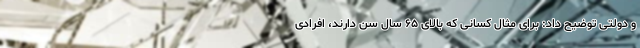
و دولتی توضیح داد: برای مثال کسانی که بالای ۶۵ سال سن دارند، افرادی